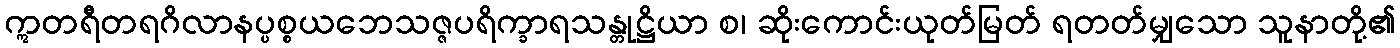
ဣတရီတရဂိလာနပ္ပစ္စယဘေသဇ္ဇပရိက္ခာရသန္တုဋ္ဌိယာ စ၊ ဆိုးကောင်းယုတ်မြတ် ရတတ်မျှသော သူနာတို့၏